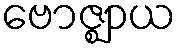
ဗောဇ္ဈာယ